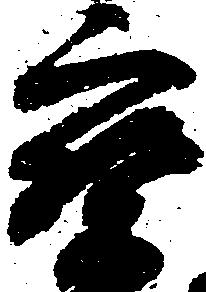
宝